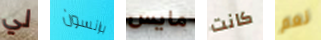
لي برانسون مايس كانت نعم